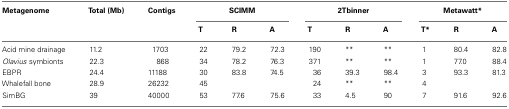
<table><thead><tr><td><b>Metagenome</b></td><td><b>Total (Mb)</b></td><td><b>Contigs</b></td><td colspan="3"><b>SCIMM</b></td><td colspan="3"><b>2Tbinner</b></td><td colspan="3"><b>Metawatt*</b></td></tr><tr><td></td><td></td><td></td><td><b>T</b></td><td><b>R</b></td><td><b>A</b></td><td><b>T</b></td><td><b>R</b></td><td><b>A</b></td><td><b>T*</b></td><td><b>R</b></td><td><b>A</b></td></tr></thead><tbody><tr><td>Acid mine drainage</td><td>11.2</td><td>1703</td><td>22</td><td>79.2</td><td>72.3</td><td>190</td><td>**</td><td>**</td><td>1</td><td>80.4</td><td>82.8</td></tr><tr><td><i>Olavius</i> symbionts</td><td>22.3</td><td>868</td><td>34</td><td>78.2</td><td>76.3</td><td>371</td><td>**</td><td>**</td><td>1</td><td>77.0</td><td>88.4</td></tr><tr><td>EBPR</td><td>24.4</td><td>11188</td><td>30</td><td>83.8</td><td>74.5</td><td>36</td><td>39.3</td><td>98.4</td><td>3</td><td>93.3</td><td>81.3</td></tr><tr><td>Whalefall bone</td><td>28.9</td><td>26232</td><td>45</td><td></td><td></td><td>24</td><td>**</td><td>**</td><td>4</td><td></td><td></td></tr><tr><td>SimBG</td><td>39</td><td>40000</td><td>53</td><td>77.6</td><td>75.6</td><td>33</td><td>4.5</td><td>90</td><td>7</td><td>91.6</td><td>92.6</td></tr></tbody></table>